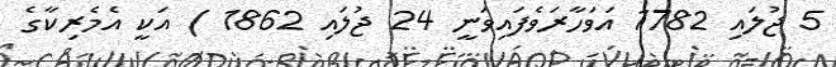
5 ޖުލައި 1782 އަވަހާރަވެފައިވަނީ 24 ޖުލައި 1862 ) އަކީ އެމެރިކާގެ